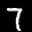
Label: 7